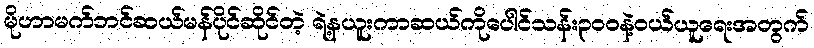
မိုဟာမက်ဘင်ဆယ်မန်ပိုင်ဆိုင်တဲ့ ရဲ့နယူးကာဆယ်ကိုပေါင်သန်း၃၀၀နဲ့ဝယ်ယူရေးအတွက်